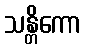
သန္တိကော